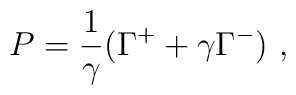
P = \frac{1}{\gamma} ( \Gamma^+ + \gamma \Gamma^- ) ~,